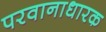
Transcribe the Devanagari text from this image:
परवानाधारक